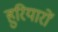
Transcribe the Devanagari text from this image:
हुरियारों